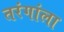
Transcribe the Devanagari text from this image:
तरंगांला